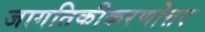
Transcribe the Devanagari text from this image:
जागतिकीकरणोत्तर